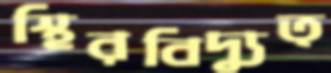
স্থিরবিদ্যুত্